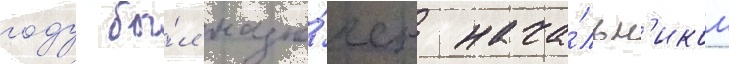
году бы́л назна́чен нача́льн'иком